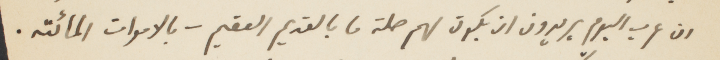
ان عرب اليوم يريدون ان يكون لهم صلة ما بالقديم العقيم - بالاموات المائتة.